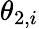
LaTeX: \theta_{2,i}